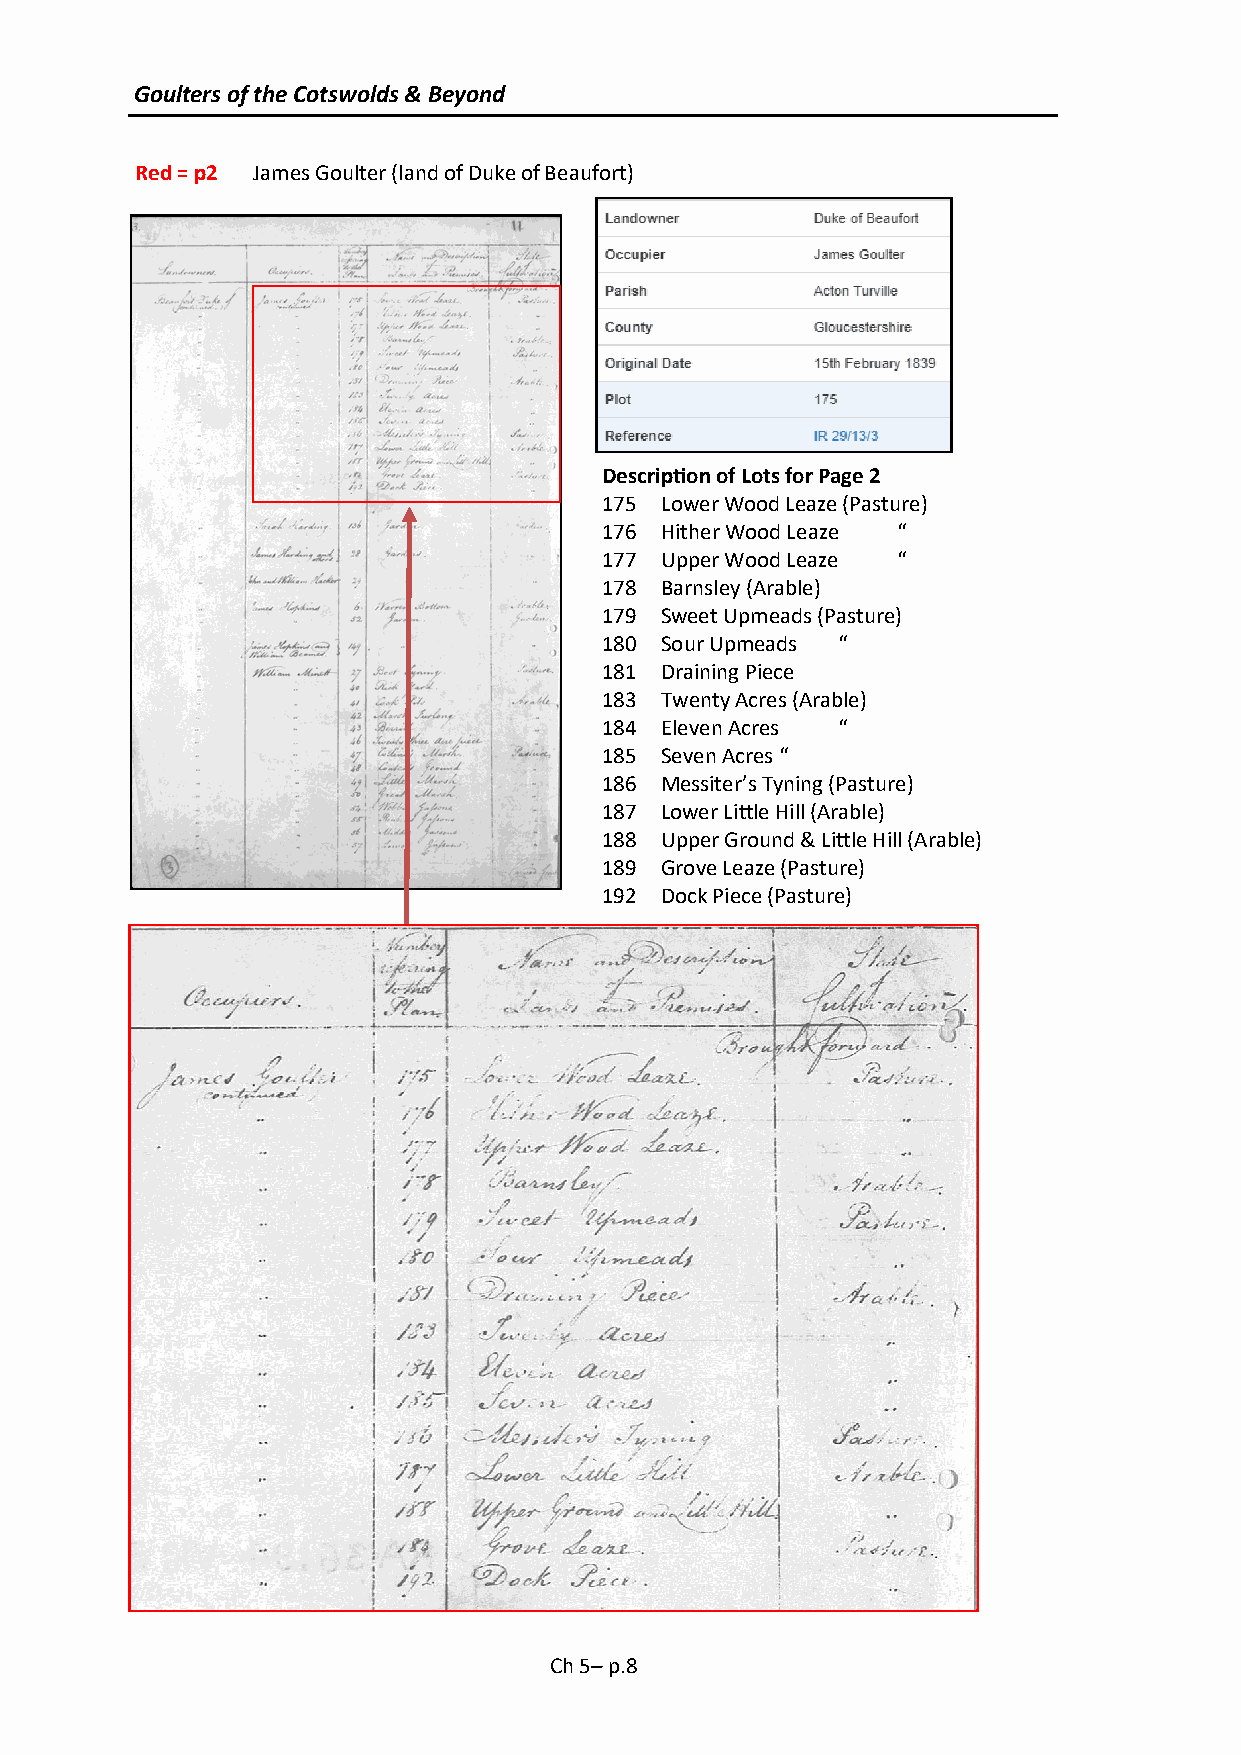
Goulters of the Cotswolds & Beyond
 Red = p2 James Goulter (land of Duke of Beaufort)
 Description of Lots for Page 2
 175 Lower Wood Leaze (Pasture)
 176 Hither Wood Leaze “
 177 Upper Wood Leaze “
 178 Barnsley (Arable)
 179 Sweet Upmeads (Pasture)
 180 Sour Upmeads “
 181 Draining Piece
 183 Twenty Acres (Arable)
 184 Eleven Acres “
 185 Seven Acres “
 186 Messiter’s Tyning (Pasture)
 187 Lower Little Hill (Arable)
 188 Upper Ground & Little Hill (Arable)
 189 Grove Leaze (Pasture)
 192 Dock Piece (Pasture)
 Ch 5– p.8